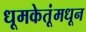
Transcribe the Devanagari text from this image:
धूमकेतूंमधून